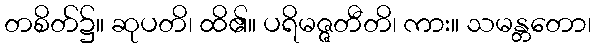
တစိတ်၌။ ဆုပတိ၊ ထိ၏။ ပရိမဇ္ဇတီတိ၊ ကား။ သမန္တတော၊